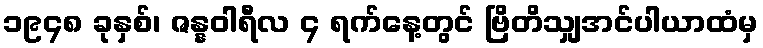
၁၉၄၈ ခုနှစ်၊ ဇန္နဝါရီလ ၄ ရက်နေ့တွင် ဗြိတိသျှအင်ပါယာထံမှ